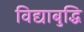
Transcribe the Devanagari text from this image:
विद्याबुद्धि